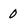
Character: 0